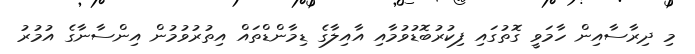
މި ދިރާސާއިން ހާމަވީ ގޮތުގައި ފިކުރުބޮޑުވުމާއި އާއިލާގެ ޑިމާންޑްތައް އިތުރުވުމުން އިންސާނާގެ އުމުރު